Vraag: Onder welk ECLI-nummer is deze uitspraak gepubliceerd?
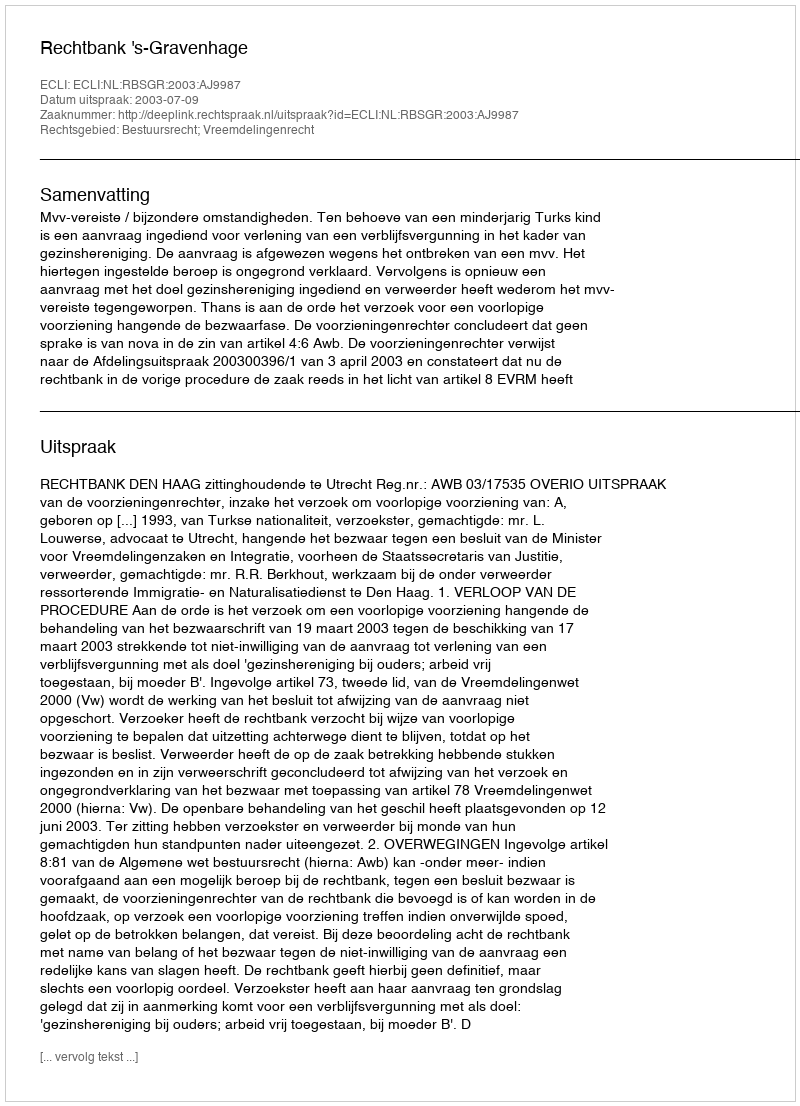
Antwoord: ECLI:NL:RBSGR:2003:AJ9987